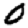
Digit: 0